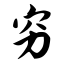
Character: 穷